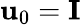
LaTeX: \mathbf{u}_{0}=\mathbf{I}